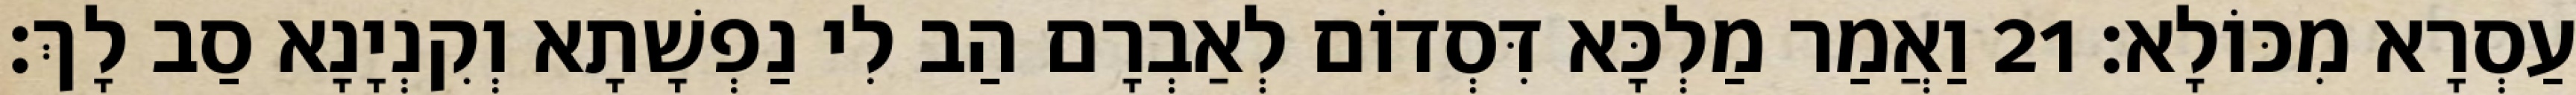
עַסְרָא מִכּוֹלָא׃ 21 וַאֲמַר מַלְכָּא דִּסְדוֹם לְאַבְרָם הַב לִי נַפְשָׁתָא וְקִנְיָנָא סַב לָךְ׃